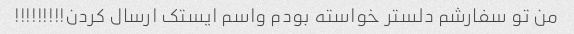
من تو سفارشم دلستر خواسته بودم واسم ایستک ارسال کردن!!!!!!!!!